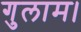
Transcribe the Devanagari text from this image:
गुलाम।